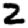
Digit: 2